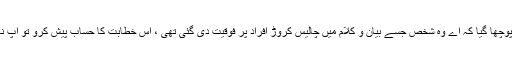
ایک شکل یہ تھی کہ اگر قیامت کےدن آپ سے پوچھا گیا کہ اے وہ شخص جسے بیان و کلام میں چالیس کروڑ افراد پر فوقیت دی گئی تھی ، اس خطابت کا حساب پیش کرو تو آپ ناکام تحریکوں کے علاوہ اور کیا پیش کریں گے۔